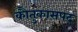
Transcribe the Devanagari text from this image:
काैतुकासपद